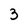
Character: 3